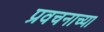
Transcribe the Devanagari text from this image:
प्रवचनाच्या